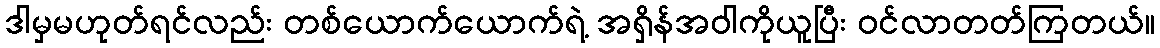
ဒါမှမဟုတ်ရင်လည်း တစ်ယောက်ယောက်ရဲ့ အရှိန်အဝါကိုယူပြီး ဝင်လာတတ်ကြတယ်။